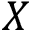
X